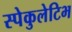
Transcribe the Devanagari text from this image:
स्पेकुलेटिभ